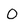
Character: 0